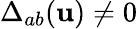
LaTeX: \Delta_{ab}({\mathbf{u}})\neq 0